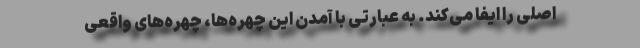
اصلی را ایفا می‌کند. به عبارتی با آمدن این چهره‌ها، چهره‌های واقعی